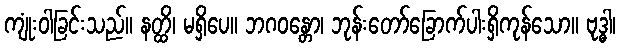
ကျုံးဝါခြင်းသည်။ နတ္ထိ၊ မရှိပေ။ ဘဂဝန္တော၊ ဘုန်းတော်ခြောက်ပါးရှိကုန်သော။ ဗုဒ္ဓါ၊